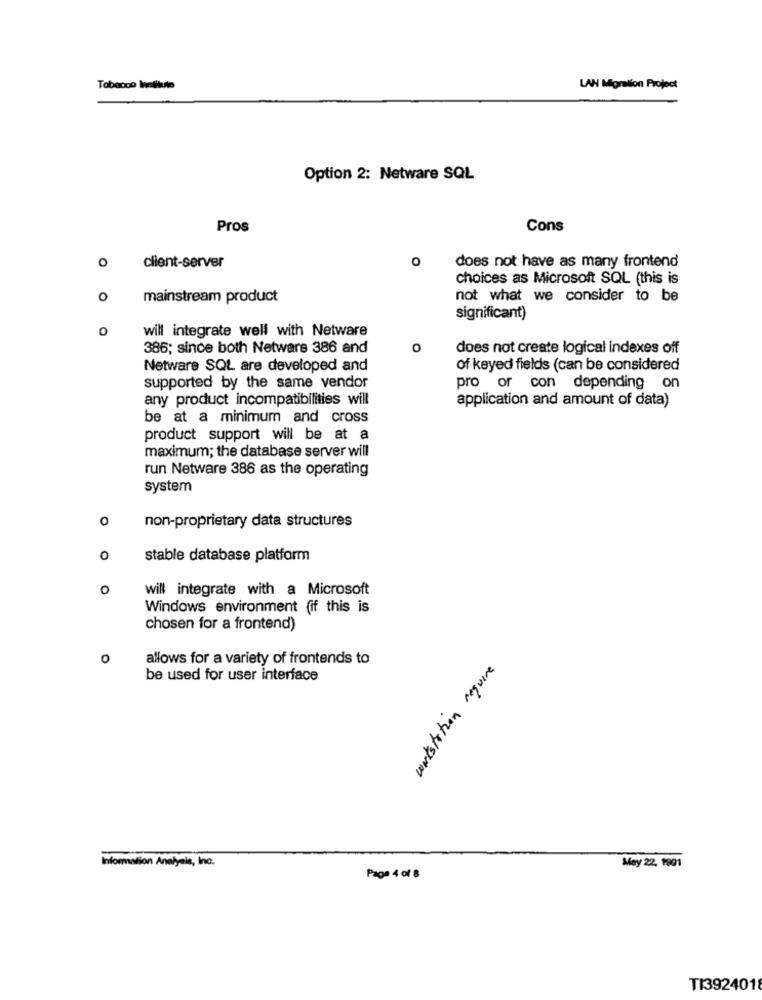
Tobacco Institute
LAN Migration Project
Option 2: Netware SQL
Pros
Cons
0
client-server
0
does not have as many frontend
choices as Microsoft SQL (this is
o
mainstream product
not what we consider to be
significant)
0
will integrate well with Netware
386; since both Netware 386 and
O
does not create logical indexes off
Netware SQL are developed and
of keyed fields (can be considered
supported by the same vendor
pro or con depending on
any product incompatibilities will
application and amount of data)
be at a minimum and cross
product support will be at a
maximum; the database server will
run Netware 386 as the operating
system
0
non-proprietary data structures
0
stable database platform
0
will integrate with a Microsoft
Windows environment (if this is
chosen for a frontend)
0
allows for a variety of frontends to
be used for user interface
vinder wayesquim
Information Analysis, Inc.
May 22, 1901
Page 4 of 8
TI3924018